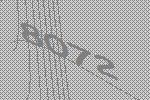
8072